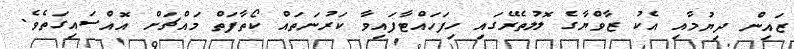
ޒައިން ދިޔުމާއި އެކު ޒާވްޔާގެ ލޮލުތެރޭގައި ހިފަހައްޓާފައިވާ ކަރުނަތައް ކޯތާފަތް މައްޗަށް އޮއްސައިގަތެވެ.